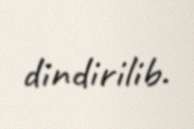
dindirilib.